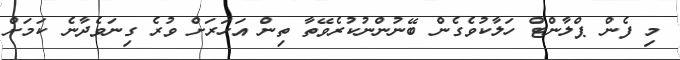
މި ފެން ޕްލާންޓް ހަލާކުވެގެން ބޭނުންނުކުރެވޭތާ ތިން އަހަރަށް ވުރެ ގިނަވެދާނެ ކަަމަށް